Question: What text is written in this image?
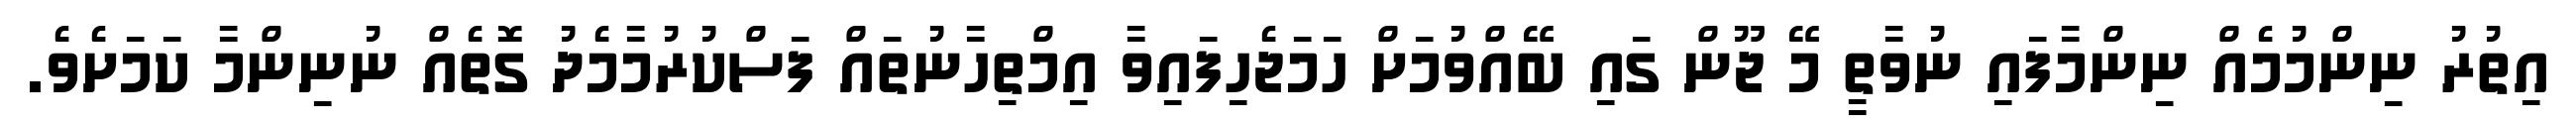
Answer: އިތުރު ނިންމުމެއް ނިންމާފައި ނުވާތީ މޭ ޖޫން ގައި ބޭއްވުމަށް ހަމަޖެހިފައިވާ އިމްތިހާނުތައް ފަސްކުރުމާމެދު ގޮތެއް ނުނިންމާ ކަމަށެވެ.